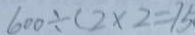
6 0 0 \div ( 2 \times 2 = 1 5